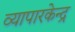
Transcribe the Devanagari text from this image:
व्यापारकेन्द्र